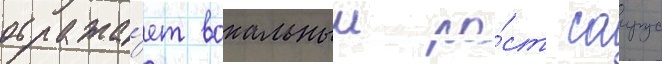
отража́ет вокальныи ро́ст саирус